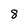
Character: 8